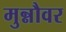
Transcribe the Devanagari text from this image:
मुन्नौवर